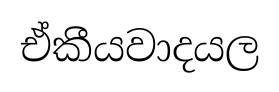
ඒකීයවාදයල